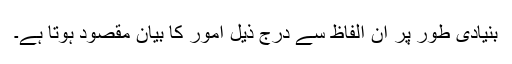
بنیادی طور پر ان الفاظ سے درج ذیل امور کا بیان مقصود ہوتا ہے۔